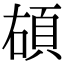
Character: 𩑲